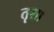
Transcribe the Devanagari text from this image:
तृशा